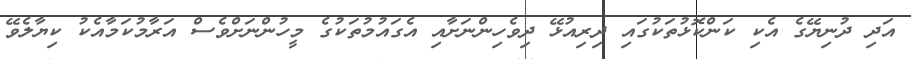
އަދި ދުނިޔޭގެ އެކި ކަންކޮޅުތަކުގައި ދިރިއުޅޭ ދިވެހިންނަށާއި އެގައުމުތަކުގެ މީހުންނަށްވެސް އަރާމުކަމާއެކު ކިޔާލެވޭ